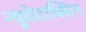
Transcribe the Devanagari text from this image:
न्यूरोटाक्सिन